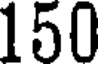
150